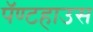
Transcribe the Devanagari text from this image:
पॅण्टहाउस